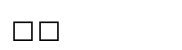
٨٧